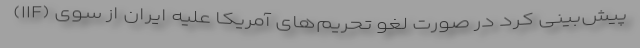
(IIF) پیش‌بینی کرد در صورت لغو تحریم‌های آمریکا علیه ایران از سوی